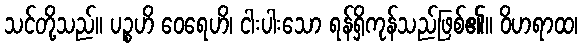
သင်တို့သည်။ ပဉ္စဟိ ဝေရေဟိ၊ ငါးပါးသော ရန်ရှိကုန်သည်ဖြစ်၏။ ဝိဟရာထ၊